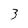
Character: 3